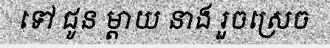
ទៅ ជូន ម្តាយ នាង រួចស្រេច